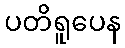
ပတိရူပေန